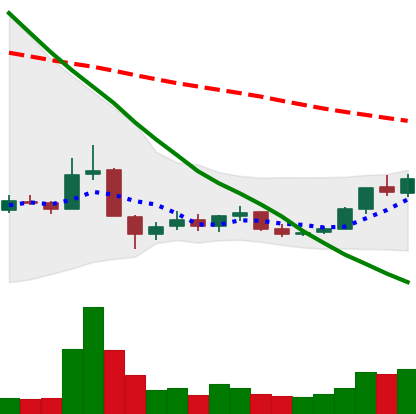
Ticker: BNB-USD
Chart end date: 2018-12-20
Forward return: -4.224%
Label: down_3_5